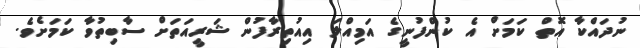
ނުދައްކާ އޮތް ކަމަށް އެ ކުންފުނީގެ އަމިއްލަ އިއުތިރާފުން ޝަރީއަތަށް ސާބިތުވާ ކަމަށެވެ.